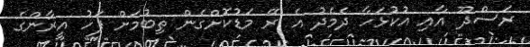
ރަސްދޫ އާއި އުކުޅަހާ ދެމެދު އެ ރޭ މަޑުކޮށްގެން ތިބުމަށް ފަހު އީރާންގެ